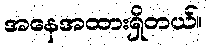
အနေအထားရှိတယ်။